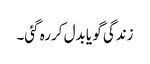
زندگی گو یا بدل کررہ گئی۔